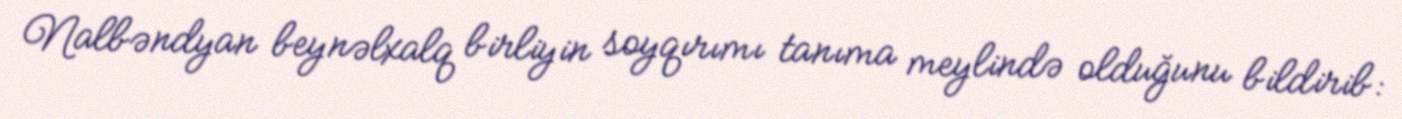
Nalbəndyan beynəlxalq birliyin soyqırımı tanıma meylində olduğunu bildirib: